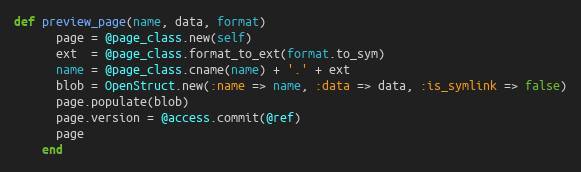
Language: Ruby
def preview_page(name, data, format)
      page = @page_class.new(self)
      ext  = @page_class.format_to_ext(format.to_sym)
      name = @page_class.cname(name) + '.' + ext
      blob = OpenStruct.new(:name => name, :data => data, :is_symlink => false)
      page.populate(blob)
      page.version = @access.commit(@ref)
      page
    end